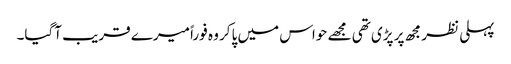
پہلی نظر مجھ پر پڑی تھی مجھے حواس میں پاکر وہ فوراً میرے قریب آگیا۔